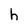
Character: h